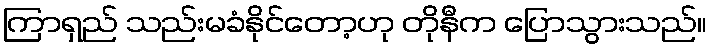
ကြာရှည် သည်းမခံနိုင်တော့ဟု တိုနီက ပြောသွားသည်။